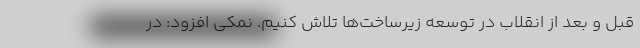
قبل و بعد از انقلاب در توسعه زیرساخت‌ها تلاش کنیم. نمکی افزود: در